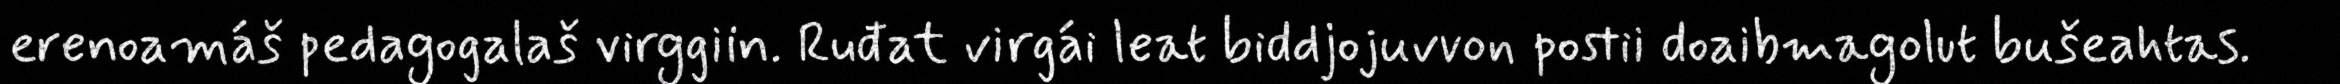
erenoamáš pedagogalaš virggiin. Ruđat virgái leat biddjojuvvon postii doaibmagolut bušeahtas.